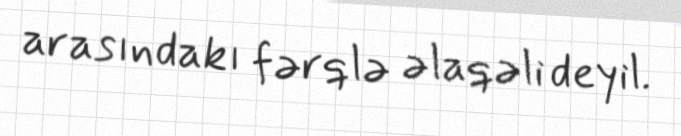
arasındakı fərqlə əlaqəli deyil.